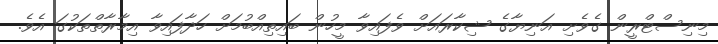
މިނިސްޓްރީން ގެވެށި އަނިޔާގެ ޝިކާރައަށް ވެފައިވާ މީހުން ބައިތިއްބުމަށް ހަދާފައިވާ އިމާރާތްތަކުގަ އެވެ.